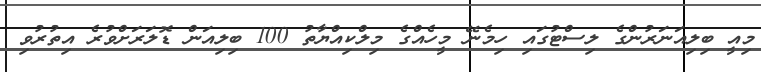
މިއީ ބިލިއަނަރުންގެ ލިސްޓުގައި ހިމެނޭ މީހެއްގެ މިލްކިއްޔާތު 100 ބިލިއަން ޑޮލަރަށްވުރެ އިތުރުވި